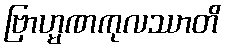
ဗြာဟ္မဏကုလဿာတိ